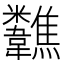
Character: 𩏷